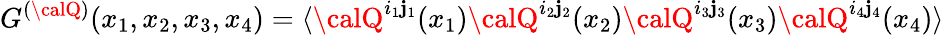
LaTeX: G^{({\calQ})}(x_{1},x_{2},x_{3},x_{4})=\langle{\calQ}^{i_{1}\mathbf{j}_{1}}(x_{1}){\calQ}^{i_{2}\mathbf{j}_{2}}(x_{2}){\calQ}^{i_{3}\mathbf{j}_{3}}(x_{3}){\calQ}^{i_{4}\mathbf{j}_{4}}(x_{4})\rangle\;